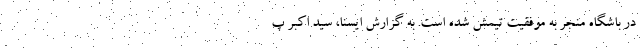
در باشگاه منجر به موفقیت تیمش شده است. به گزارش ایسنا، سید اکبر پ